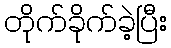
တိုက်ခိုက်ခဲ့ပြီး